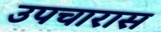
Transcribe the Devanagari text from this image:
उपचारास